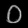
Digit: ၀